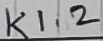
Text: K1.2